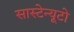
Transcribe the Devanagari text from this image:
सास्टेन्यूटो